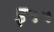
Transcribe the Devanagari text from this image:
इ५५